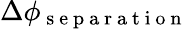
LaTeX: \Delta\phi_{\mathrm{~s~e~p~a~r~a~t~i~o~n~}}